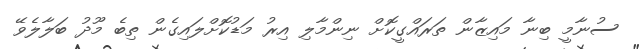
ސުނާމީ ބިނާ މައިޒާން ތަރައްގީކޮށް ނިންމާލި އިރު މަޑުކޮށްލައިގެން ތިބެ މޫދު ބަލާލެވޭ